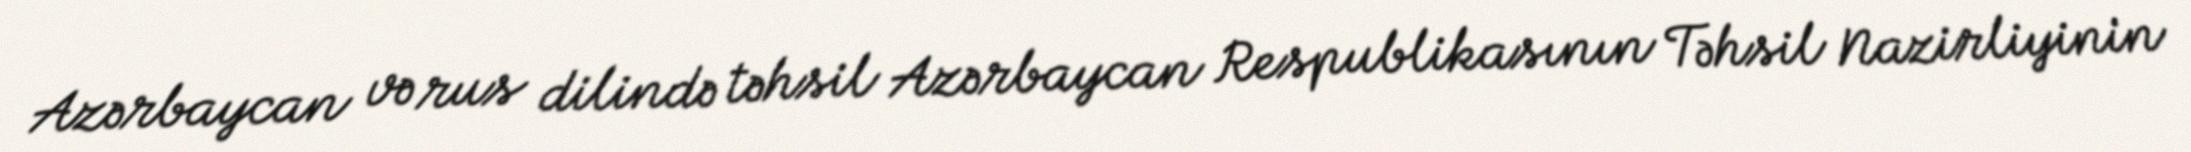
Azərbaycan və rus dilində təhsil Azərbaycan Respublikasının Təhsil Nazirliyinin